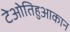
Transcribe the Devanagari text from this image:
टेओतिहुआकान